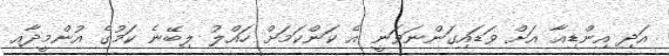
އަދި އިންޑިއާ އަށް ވަޑައިގަންނަވަނީ އެ ކަންކަމަށް ހައްލު ލިބޭނެ ކަމުގެ އުންމީދާއި